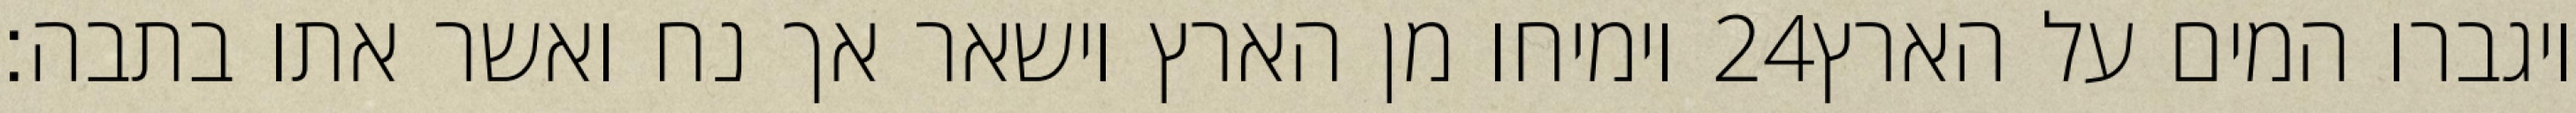
וימיחו מן הארץ וישאר אך נח ואשר אתו בתבה׃ ‎24‏ ויגברו המים על הארץ